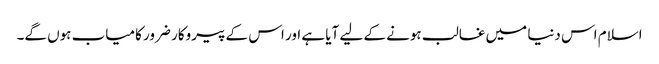
اسلام اس دنیا میں غالب ہونے کے لیے آیا ہے اور اس کے پیروکار ضرور کامیاب ہوں گے۔